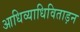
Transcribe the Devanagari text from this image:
आधिव्याधिविताड़न